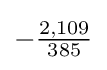
-{\tfrac {2,109}{385}}